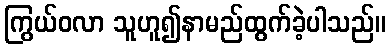
ကြွယ်ဝလာ သူဟူ၍နာမည်ထွက်ခဲ့ပါသည်။